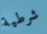
شرطية